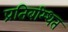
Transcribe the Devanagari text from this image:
प्रतिबम्धित